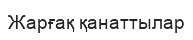
Жарғақ қанаттылар